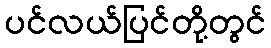
ပင်လယ်ပြင်တို့တွင်